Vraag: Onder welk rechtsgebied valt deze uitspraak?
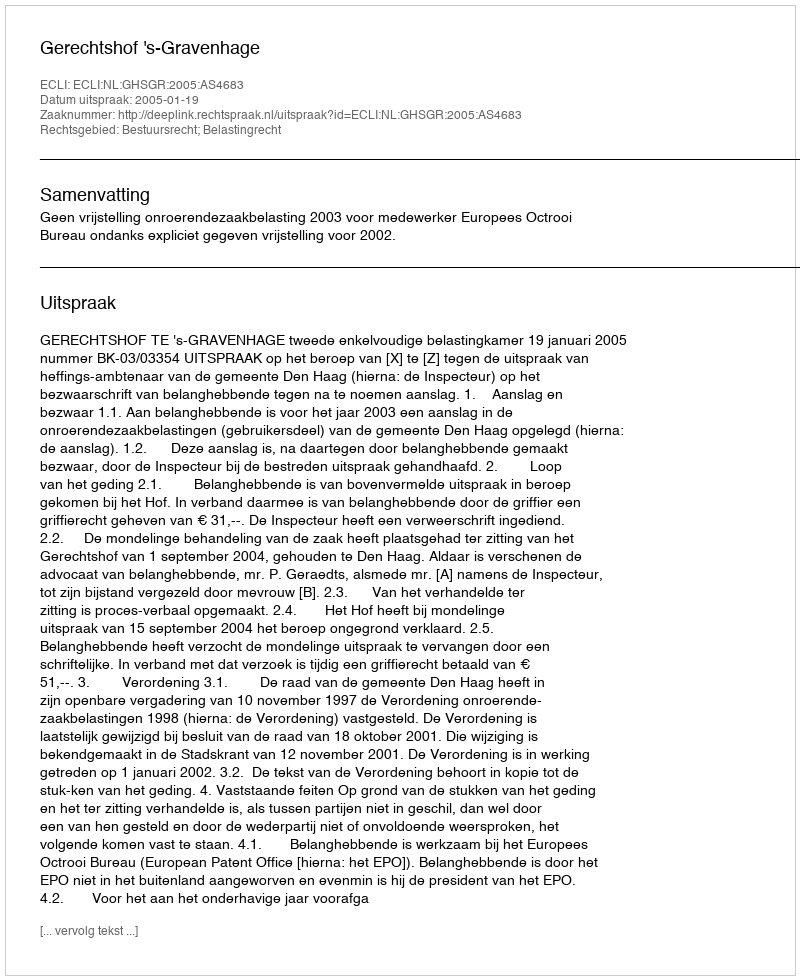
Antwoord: Bestuursrecht; Belastingrecht